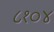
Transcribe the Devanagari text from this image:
८१०४